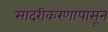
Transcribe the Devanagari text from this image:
सादरीकरणापासून